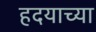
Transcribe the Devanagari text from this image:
हदयाच्या